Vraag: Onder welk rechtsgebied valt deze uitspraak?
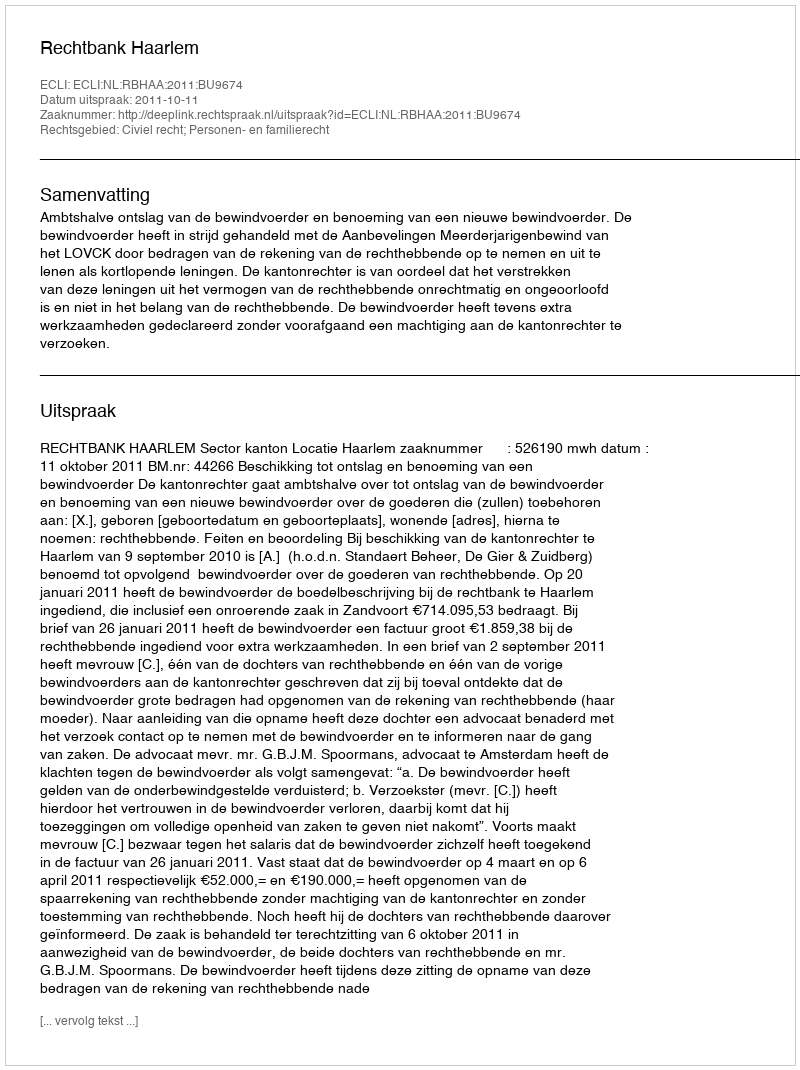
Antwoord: Civiel recht; Personen- en familierecht